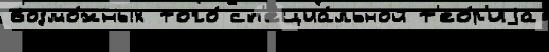
возмо́жных того́ сп'ециа́льной т'ео́р'иjа